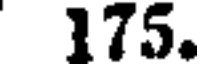
175.